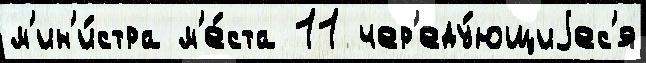
м'ин'и́стра м'е́ста 11 чер'еду́ющиjес'я